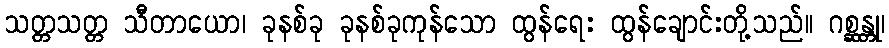
သတ္တသတ္တ သီတာယော၊ ခုနစ်ခု ခုနစ်ခုကုန်သော ထွန်ရေး ထွန်ချောင်းတို့သည်။ ဂစ္ဆန္တု၊